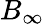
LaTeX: B_{\infty}